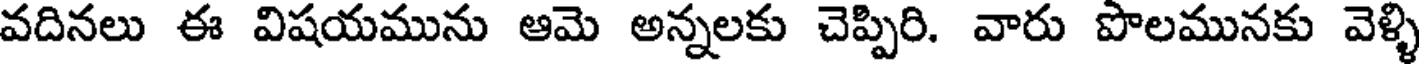
వదినలు ఈ విషయమును ఆమె అన్నలకు చెప్పిరి. వారు పొలమునకు వెళ్ళి